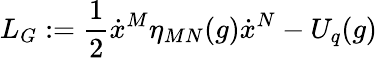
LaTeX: L_{G}:=\frac{1}{2}\dot{x}^{M}\eta_{MN}(g)\dot{x}^{N}-U_{q}(g)